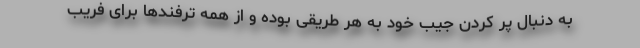
به دنبال پر کردن جیب خود به هر طریقی بوده و از همه ترفندها برای فریب